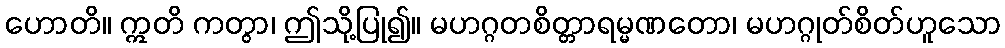
ဟောတိ။ ဣတိ ကတွာ၊ ဤသို့ပြု၍။ မဟဂ္ဂတစိတ္တာရမ္မဏတော၊ မဟဂ္ဂုတ်စိတ်ဟူသော